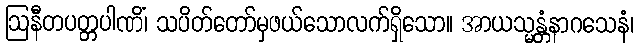
ဩနီတပတ္တပါဏိံ၊ သပိတ်တော်မှဖယ်သောလက်ရှိသော။ အာယသ္မန္တံနာဂသေနံ၊